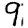
Digit: 9